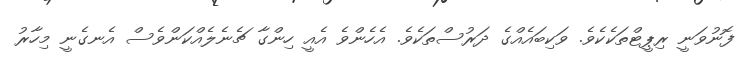
ފޮނުވަނީ ރިޕީޓްތަކެކެވެ. ވަކިބައެއްގެ ދަރުސްތަކެވެ. އެހެންވެ އެއީ ހިންގާ ޗެނެލެއްކަންވެސް އެނގެނީ މިހާރު